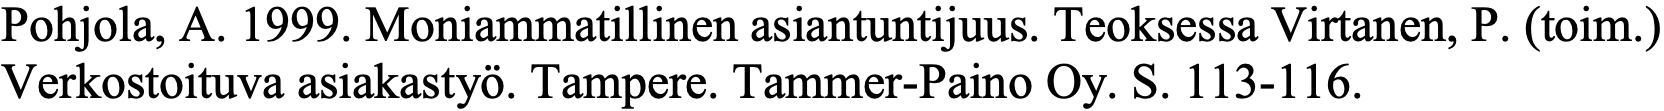
Pohjola, A. 1999. Moniammatillinen asiantuntijuus. Teoksessa Virtanen, P. (toim.) Verkostoituva asiakastyö. Tampere. Tammer-Paino Oy. S. 113-116.